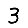
Digit: 3